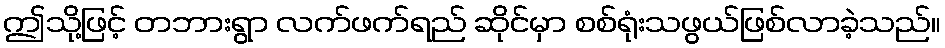
ဤသို့ဖြင့် တဘားရွာ လက်ဖက်ရည် ဆိုင်မှာ စစ်ရုံးသဖွယ်ဖြစ်လာခဲ့သည်။